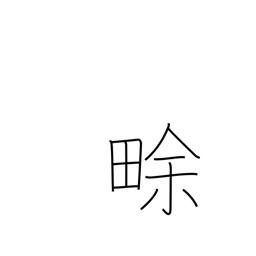
Meaning: new field